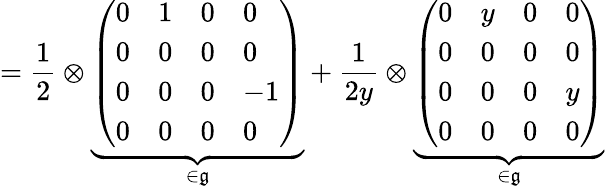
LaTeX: =\frac 12\otimes\underbrace{\left(\begin{array}{llll}{0}&{1}&{0}&{0}\\ {0}&{0}&{0}&{0}\\ {0}&{0}&{0}&{-1}\\ {0}&{0}&{0}&{0}\end{array}\right)}_{\in\mathfrak g}+\frac{1}{2y}\otimes\underbrace{\left(\begin{array}{llll}{0}&{y}&{0}&{0}\\ {0}&{0}&{0}&{0}\\ {0}&{0}&{0}&{y}\\ {0}&{0}&{0}&{0}\end{array}\right)}_{\in\mathfrak g}